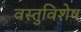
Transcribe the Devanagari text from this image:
वस्तुविशेष